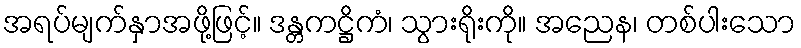
အရပ်မျက်နှာအဖို့ဖြင့်။ ဒန္တကဋ္ဌိကံ၊ သွားရိုးကို။ အညေန၊ တစ်ပါးသော